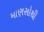
માણસોથી